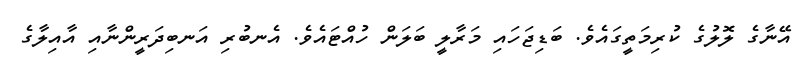
އޭނާގެ ލޮލުގެ ކުރިމަތީގައެވެ. ބަޑިޖަހައި މަރާލީ ބަލަން ހުއްޓައެވެ. އެނބުރި އަނބިދަރީންނާއި އާއިލާގެ